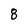
Character: 8